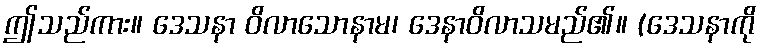
ဤသည်ကား။ ဒေသနာ ဝိလာသောနာမ၊ ဒေနာဝိလာသမည်၏။ (ဒေသနာကို